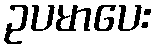
ဥပမာပေး